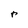
Character: r